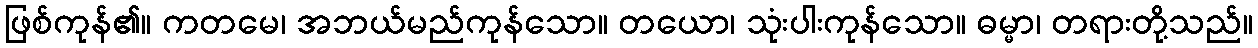
ဖြစ်ကုန်၏။ ကတမေ၊ အဘယ်မည်ကုန်သော။ တယော၊ သုံးပါးကုန်သော။ ဓမ္မာ၊ တရားတို့သည်။